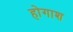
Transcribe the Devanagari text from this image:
होगाश